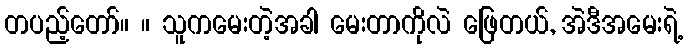
တပည့်တော်။ ။ သူကမေးတဲ့အခါ မေးတာကိုလဲ ဖြေတယ်, အဲဒီအမေးရဲ့